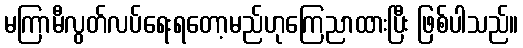
မကြာမီလွတ်လပ်ရေးရတော့မည်ဟုကြေညာထားပြီး ဖြစ်ပါသည်။